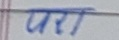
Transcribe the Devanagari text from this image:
परत